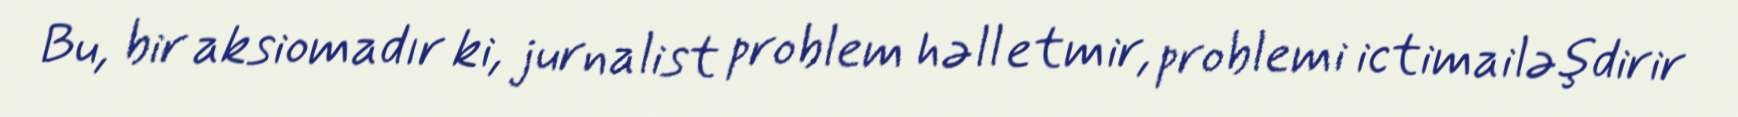
Bu, bir aksiomadır ki, jurnalist problem həll etmir, problemi ictimailəşdirir